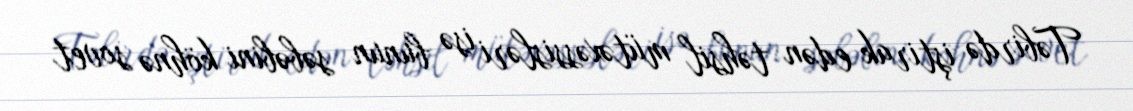
Təbirdə iştirak edən təhsil mütəxəssisləri isə bunun səbəbini köhnə sovet